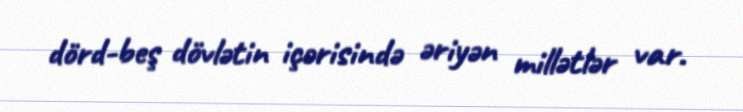
dörd-beş dövlətin içərisində əriyən millətlər var.